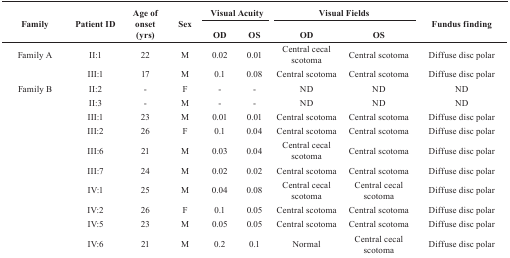
<table><thead><tr><td rowspan="2"><b>Family</b></td><td rowspan="2"><b>Patient ID</b></td><td rowspan="2"><b>Age of onset (yrs)</b></td><td rowspan="2"><b>Sex</b></td><td colspan="2"><b>Visual Acuity</b></td><td colspan="2"><b>Visual Fields</b></td><td rowspan="2"><b>Fundus finding</b></td></tr><tr><td><b>OD</b></td><td><b>OS</b></td><td><b>OD</b></td><td><b>OS</b></td></tr></thead><tbody><tr><td>Family A</td><td>II:1</td><td>22</td><td>M</td><td>0.02</td><td>0.01</td><td>Central cecal scotoma</td><td>Central scotoma</td><td>Diffuse disc polar</td></tr><tr><td></td><td>III:1</td><td>17</td><td>M</td><td>0.1</td><td>0.08</td><td>Central scotoma</td><td>Central scotoma</td><td>Diffuse disc polar</td></tr><tr><td>Family B</td><td>II:2</td><td>-</td><td>F</td><td>-</td><td>-</td><td>ND</td><td>ND</td><td>ND</td></tr><tr><td></td><td>II:3</td><td>-</td><td>M</td><td>-</td><td>-</td><td>ND</td><td>ND</td><td>ND</td></tr><tr><td></td><td>III:1</td><td>23</td><td>M</td><td>0.01</td><td>0.01</td><td>Central scotoma</td><td>Central scotoma</td><td>Diffuse disc polar</td></tr><tr><td></td><td>III:2</td><td>26</td><td>F</td><td>0.1</td><td>0.04</td><td>Central scotoma</td><td>Central scotoma</td><td>Diffuse disc polar</td></tr><tr><td></td><td>III:6</td><td>21</td><td>M</td><td>0.03</td><td>0.04</td><td>Central cecal scotoma</td><td>Central scotoma</td><td>Diffuse disc polar</td></tr><tr><td></td><td>III:7</td><td>24</td><td>M</td><td>0.02</td><td>0.02</td><td>Central scotoma</td><td>Central scotoma</td><td>Diffuse disc polar</td></tr><tr><td></td><td>IV:1</td><td>25</td><td>M</td><td>0.04</td><td>0.08</td><td>Central cecal scotoma</td><td>Central cecal scotoma</td><td>Diffuse disc polar</td></tr><tr><td></td><td>IV:2</td><td>26</td><td>F</td><td>0.1</td><td>0.05</td><td>Central scotoma</td><td>Central scotoma</td><td>Diffuse disc polar</td></tr><tr><td></td><td>IV:5</td><td>23</td><td>M</td><td>0.05</td><td>0.05</td><td>Central scotoma</td><td>Central scotoma</td><td>Diffuse disc polar</td></tr><tr><td></td><td>IV:6</td><td>21</td><td>M</td><td>0.2</td><td>0.1</td><td>Normal</td><td>Central cecal scotoma</td><td>Diffuse disc polar</td></tr></tbody></table>